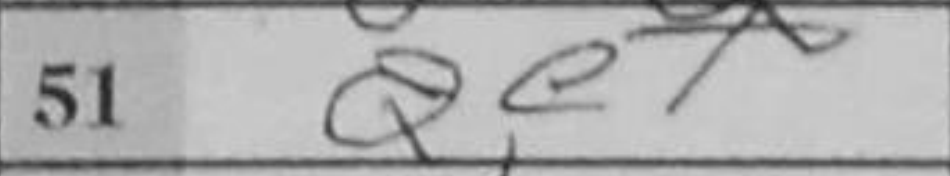
Transcription: Qe7